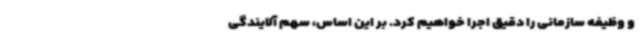
و وظیفه سازمانی را دقیق اجرا خواهیم کرد. بر این اساس، سهم آلایندگی